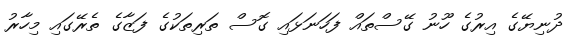
ދުނިޔޭގެ އިރުގެ ހޫނު ގޭސްތައް ފަހަނަޅައި ގޮސް ތަރިތަކުގެ ފަޒާގެ ތެރޭގައި މިހާރު